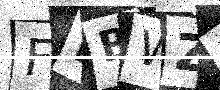
Text: FEBWZ3